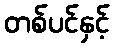
တစ်ပင်နှင့်